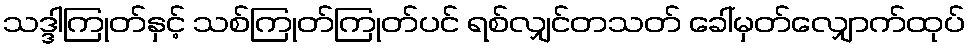
သဒ္ဒါကြုတ်နှင့် သစ်ကြုတ်ကြုတ်ပင် ရစ်လျှင်တသတ် ခေါ်မှတ်လျှောက်ထုပ်